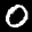
Label: 0